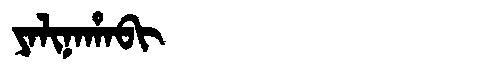
Manchu: ᠶᠠᠯᡳᠨᠠᡥᠠᠪᡳ
Romanization: YALINAHABI